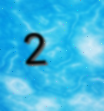
2